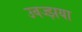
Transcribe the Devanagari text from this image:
उवज्झया